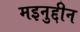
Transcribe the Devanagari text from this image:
मइनुद्दीन